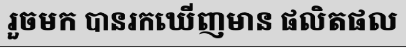
រួចមក បានរកឃើញមាន ផលិតផល